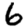
Digit: 6